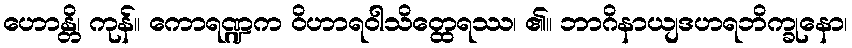
ဟောန္တိ၊ ကုန်။ ကောရဏ္ဍက ဝိဟာရဝါသိတ္ထေရဿ၊ ၏။ ဘာဂိနာယျဒဟရဘိက္ခုနော၊